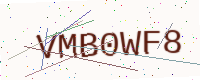
Text: VMB0WF8